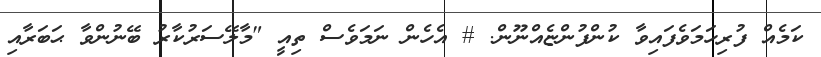
ކަމެއް ފުރިހަމަވެފައިވާ ކުންފުންޏެއްނޫން. # އެހެން ނަމަވެސް ތިއީ "މާލޭސަރުކާރު ބޭނުންވާ ޙަބަރާއި